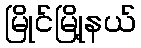
မြိုင်မြို့နယ်